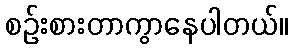
စဉ်းစားတာကွာနေပါတယ်။